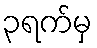
၃ရက်မှ